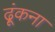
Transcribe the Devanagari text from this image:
ढ़ूंकना